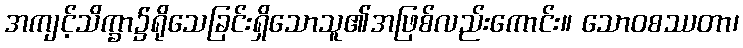
အကျင့်သိက္ခာ၌ရိုသေခြင်းရှိသောသူ၏အဖြစ်လည်းကောင်း။ သောဝစဿတာ၊